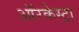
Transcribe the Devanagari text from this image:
ऑरकेस्ट्रा